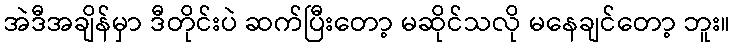
အဲဒီအချိန်မှာ ဒီတိုင်းပဲ ဆက်ပြီးတော့ မဆိုင်သလို မနေချင်တော့ ဘူး။